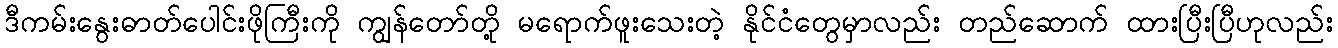
ဒီကမ်းနွေးဓာတ်ပေါင်းဖိုကြီးကို ကျွန်တော်တို့ မရောက်ဖူးသေးတဲ့ နိုင်ငံတွေမှာလည်း တည်ဆောက် ထားပြီးပြီဟုလည်း